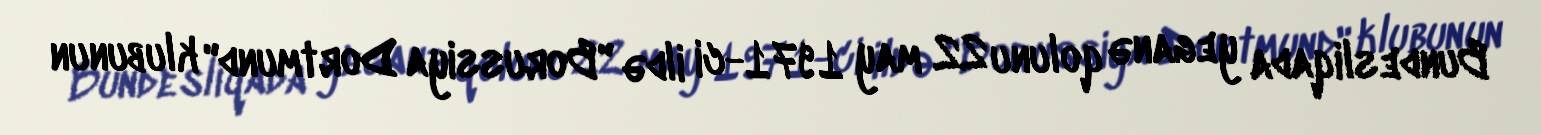
Bundesliqada yeganə qolunu 22 may 1971-ci ildə "Borussiya Dortmund" klubunun